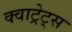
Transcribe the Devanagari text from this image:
क्वाट्रेट्स